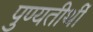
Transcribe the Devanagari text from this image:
पुण्यतीर्थी